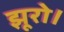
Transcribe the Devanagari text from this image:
झूरो।